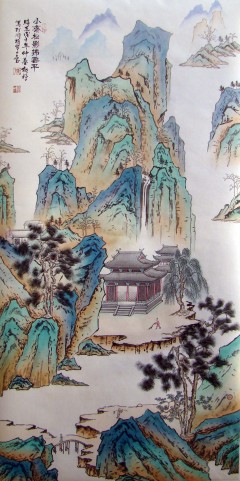
我军青坂在东门，天寒饮马太白窟。